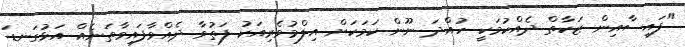
"ފައިސާއިން ޒަކާތް ދެއްކުމަކީ ހުއްދަ ނޫން ކަމަކަށް އިލްމުވެރިއަކު ފަތުވާ ދެއްވާފައިވާތަނެއް އަޅުގަނޑަ